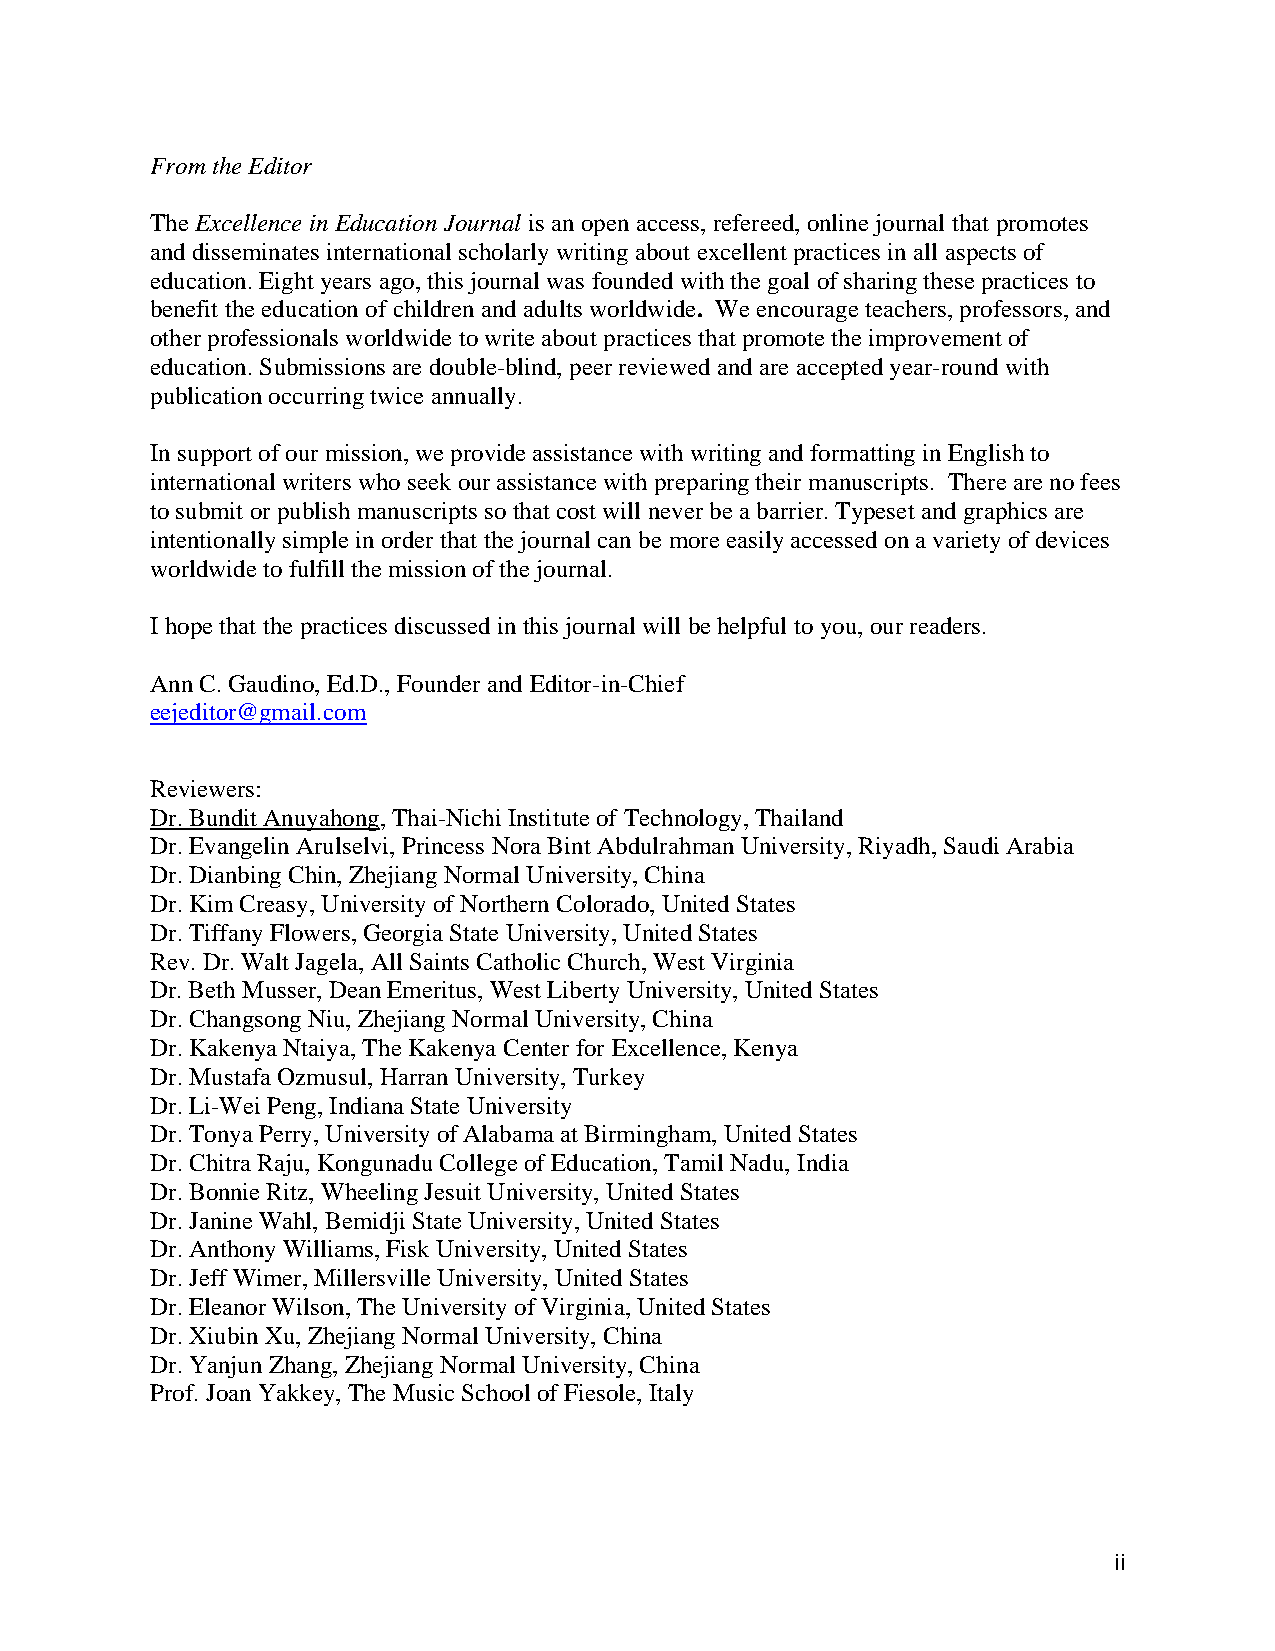
From the Editor
 The Excellence in Education Journal is an open access, refereed, online journal that promotes
 and disseminates international scholarly writing about excellent practices in all aspects of
 education. Eight years ago, this journal was founded with the goal of sharing these practices to
 benefit the education of children and adults worldwide. We encourage teachers, professors, and
 other professionals worldwide to write about practices that promote the improvement of
 education. Submissions are double-blind, peer reviewed and are accepted year-round with
 publication occurring twice annually.
 In support of our mission, we provide assistance with writing and formatting in English to
 international writers who seek our assistance with preparing their manuscripts. There are no fees
 to submit or publish manuscripts so that cost will never be a barrier. Typeset and graphics are
 intentionally simple in order that the journal can be more easily accessed on a variety of devices
 worldwide to fulfill the mission of the journal.
 I hope that the practices discussed in this journal will be helpful to you, our readers.
 Ann C. Gaudino, Ed.D., Founder and Editor-in-Chief
 eejeditor@gmail.com
 Reviewers:
 Dr. Bundit Anuyahong, Thai-Nichi Institute of Technology, Thailand
 Dr. Evangelin Arulselvi, Princess Nora Bint Abdulrahman University, Riyadh, Saudi Arabia
 Dr. Dianbing Chin, Zhejiang Normal University, China
 Dr. Kim Creasy, University of Northern Colorado, United States
 Dr. Tiffany Flowers, Georgia State University, United States
 Rev. Dr. Walt Jagela, All Saints Catholic Church, West Virginia
 Dr. Beth Musser, Dean Emeritus, West Liberty University, United States
 Dr. Changsong Niu, Zhejiang Normal University, China
 Dr. Kakenya Ntaiya, The Kakenya Center for Excellence, Kenya
 Dr. Mustafa Ozmusul, Harran University, Turkey
 Dr. Li-Wei Peng, Indiana State University
 Dr. Tonya Perry, University of Alabama at Birmingham, United States
 Dr. Chitra Raju, Kongunadu College of Education, Tamil Nadu, India
 Dr. Bonnie Ritz, Wheeling Jesuit University, United States
 Dr. Janine Wahl, Bemidji State University, United States
 Dr. Anthony Williams, Fisk University, United States
 Dr. Jeff Wimer, Millersville University, United States
 Dr. Eleanor Wilson, The University of Virginia, United States
 Dr. Xiubin Xu, Zhejiang Normal University, China
 Dr. Yanjun Zhang, Zhejiang Normal University, China
 Prof. Joan Yakkey, The Music School of Fiesole, Italy
 ii